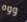
ووه